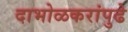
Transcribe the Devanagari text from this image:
दाभोळकरांपुढे